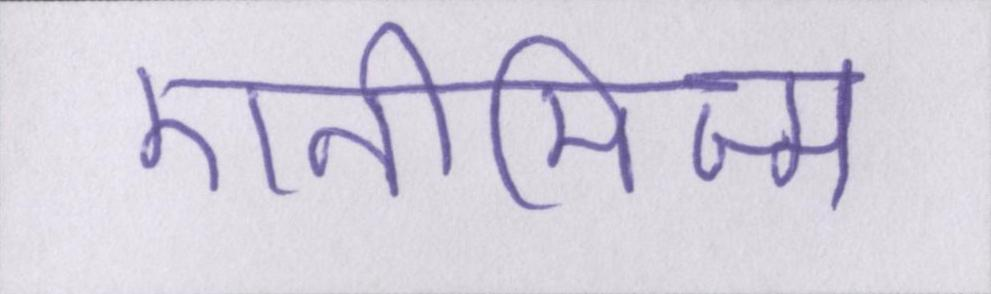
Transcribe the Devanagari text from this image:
एनीमिज्म